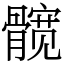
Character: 髋